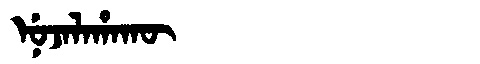
Manchu: ᠨᡠᠵᠠᠯᠠᡥᠠᡴᡡ
Romanization: NUJALAHAKŪ